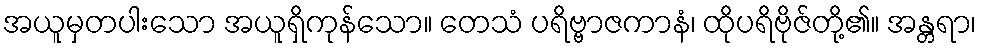
အယူမှတပါးသော အယူရှိကုန်သော။ တေသံ ပရိဗ္ဗာဇကာနံ၊ ထိုပရိဗိုဇ်တို့၏။ အန္တရာ၊